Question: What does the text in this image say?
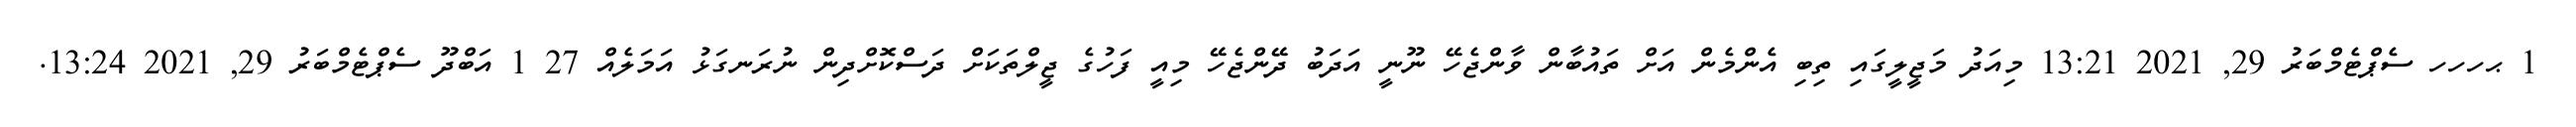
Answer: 1 ޙހހހ ސެޕްޓެމްބަރު 29, 2021 13:21 މިއަދު މަޖީލީގައި ތިބި އެންމެން އަށް ތައުބާން ވާންޖެހޭ ނޫނީ އަދަބު ދޭންޖެހޭ މިއީ ފަހުގެ ޖީލްތަކަށް ދަސްކޮށްދިން ނުރަނގަޅު އަމަލެއް 27 1 އަބްދޫ ސެޕްޓެމްބަރު 29, 2021 13:24.